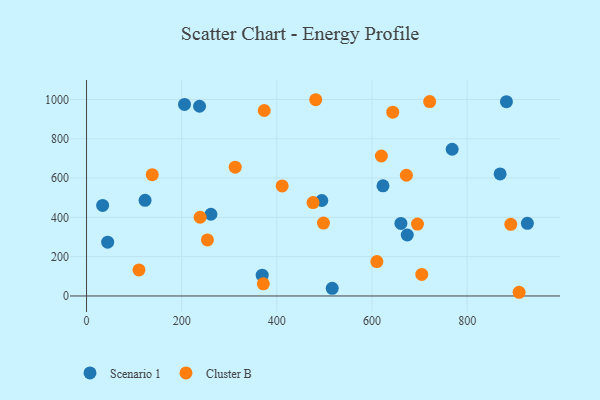
{"axis": {"x": "Engine Size", "y": "Fuel Efficiency"}, "legend": ["Cluster B", "Scenario 1"], "data": [{"x": "768.5", "y": 746.7, "type": "Scenario 1"}, {"x": "882.6", "y": 988.9, "type": "Scenario 1"}, {"x": "237.5", "y": 965.4, "type": "Scenario 1"}, {"x": "44.4", "y": 274.0, "type": "Scenario 1"}, {"x": "623.1", "y": 560.7, "type": "Scenario 1"}, {"x": "369.2", "y": 105.9, "type": "Scenario 1"}, {"x": "494.5", "y": 485.9, "type": "Scenario 1"}, {"x": "660.8", "y": 369.0, "type": "Scenario 1"}, {"x": "205.9", "y": 975.0, "type": "Scenario 1"}, {"x": "516.4", "y": 38.7, "type": "Scenario 1"}, {"x": "869.3", "y": 620.9, "type": "Scenario 1"}, {"x": "674.1", "y": 310.3, "type": "Scenario 1"}, {"x": "33.8", "y": 460.9, "type": "Scenario 1"}, {"x": "123.0", "y": 486.7, "type": "Scenario 1"}, {"x": "261.4", "y": 416.0, "type": "Scenario 1"}, {"x": "926.6", "y": 369.9, "type": "Scenario 1"}, {"x": "411.2", "y": 560.0, "type": "Cluster B"}, {"x": "312.5", "y": 655.3, "type": "Cluster B"}, {"x": "643.6", "y": 935.1, "type": "Cluster B"}, {"x": "254.1", "y": 285.4, "type": "Cluster B"}, {"x": "371.6", "y": 61.6, "type": "Cluster B"}, {"x": "138.1", "y": 617.4, "type": "Cluster B"}, {"x": "373.5", "y": 943.8, "type": "Cluster B"}, {"x": "498.0", "y": 370.9, "type": "Cluster B"}, {"x": "610.2", "y": 174.8, "type": "Cluster B"}, {"x": "619.7", "y": 712.2, "type": "Cluster B"}, {"x": "704.6", "y": 109.6, "type": "Cluster B"}, {"x": "110.2", "y": 132.6, "type": "Cluster B"}, {"x": "476.1", "y": 475.4, "type": "Cluster B"}, {"x": "695.6", "y": 366.1, "type": "Cluster B"}, {"x": "238.7", "y": 400.7, "type": "Cluster B"}, {"x": "891.7", "y": 364.7, "type": "Cluster B"}, {"x": "481.7", "y": 998.7, "type": "Cluster B"}, {"x": "721.2", "y": 989.2, "type": "Cluster B"}, {"x": "909.2", "y": 18.8, "type": "Cluster B"}, {"x": "672.3", "y": 614.3, "type": "Cluster B"}]}